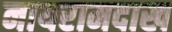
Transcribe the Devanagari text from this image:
नायरामदाख